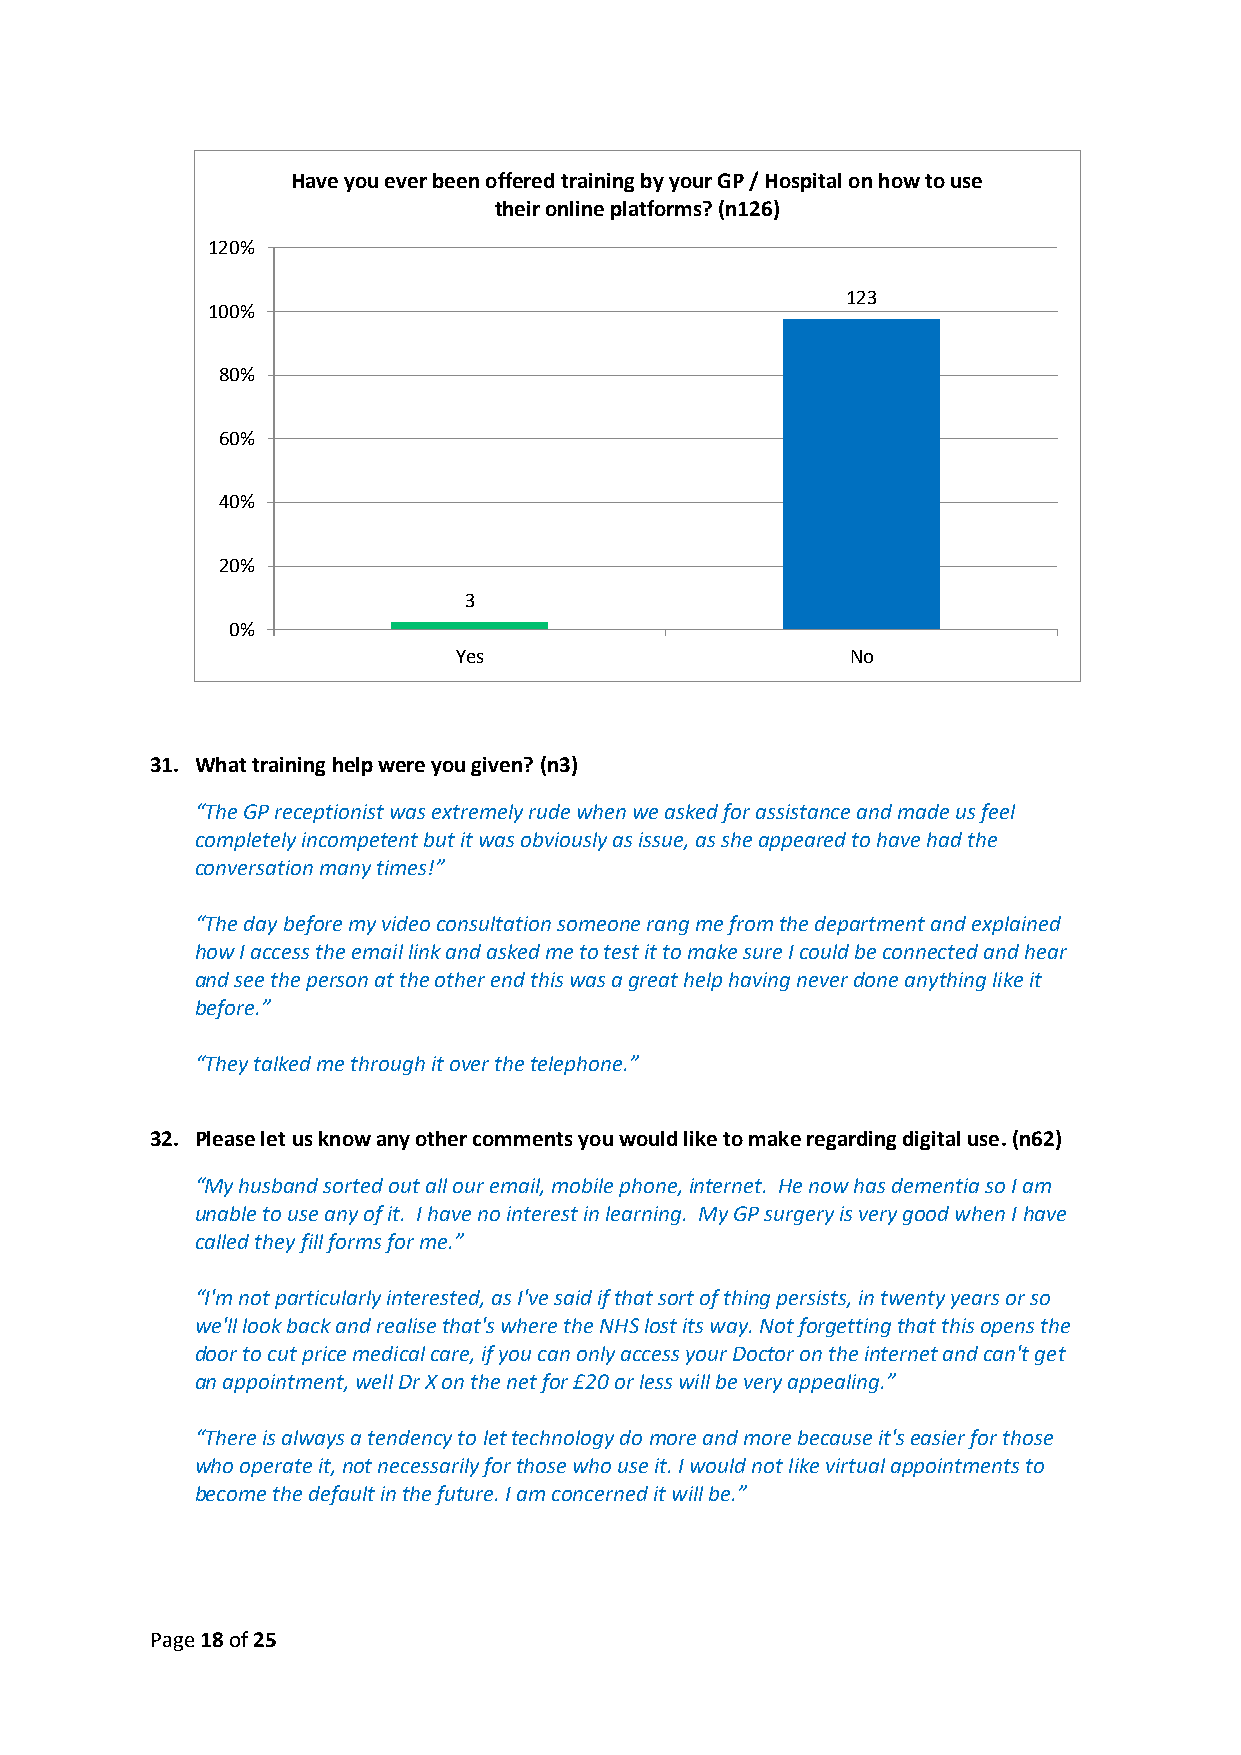
Have you ever been offered training by your GP / Hospital on how to use
 their online platforms? (n126)
 120%
 123
 100%
 80%
 60%
 40%
 20%
 3
 0%
 Yes                       No
 31. What training help were you given? (n3)
 “The GP receptionist was extremely rude when we asked for assistance and made us feel
 completely incompetent but it was obviously as issue, as she appeared to have had the
 conversation many times!”
 “The day before my video consultation someone rang me from the department and explained
 how I access the email link and asked me to test it to make sure I could be connected and hear
 and see the person at the other end this was a great help having never done anything like it
 before.”
 “They talked me through it over the telephone.”
 32. Please let us know any other comments you would like to make regarding digital use. (n62)
 “My husband sorted out all our email, mobile phone, internet. He now has dementia so I am
 unable to use any of it. I have no interest in learning. My GP surgery is very good when I have
 called they fill forms for me.”
 “I'm not particularly interested, as I've said if that sort of thing persists, in twenty years or so
 we'll look back and realise that's where the NHS lost its way. Not forgetting that this opens the
 door to cut price medical care, if you can only access your Doctor on the internet and can't get
 an appointment, well Dr X on the net for £20 or less will be very appealing.”
 “There is always a tendency to let technology do more and more because it's easier for those
 who operate it, not necessarily for those who use it. I would not like virtual appointments to
 become the default in the future. I am concerned it will be.”
 Page 18 of 25